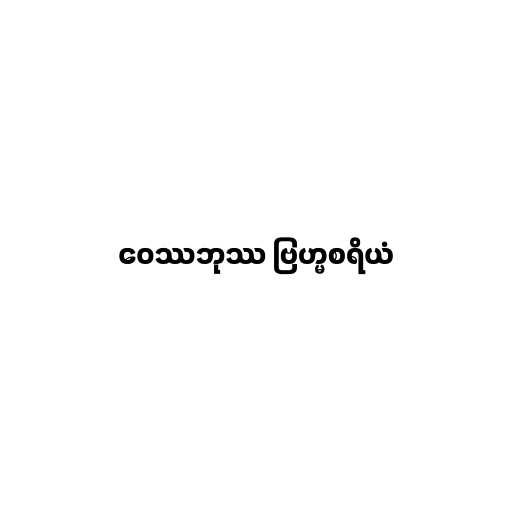
ဝေဿဘုဿ ဗြဟ္မစရိယံ